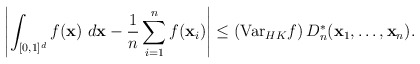
\begin{align*} \left|\int_{[0,1]^d} f(\mathbf{x})~d\mathbf{x} - \frac{1}{n} \sum_{i=1}^n f(\mathbf{x}_i) \right| \leq \left(\textup{Var}_{HK} f \right) D_n^* (\mathbf{x}_1, \dots, \mathbf{x}_n).\end{align*}